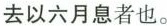
去以六月息者也。